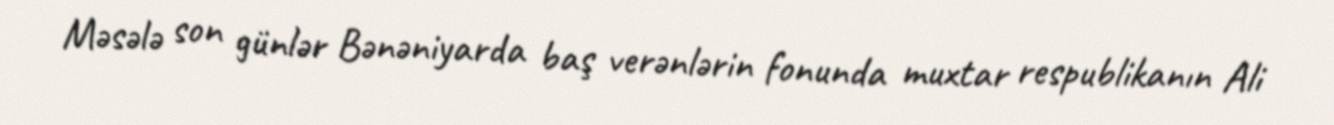
Məsələ son günlər Bənəniyarda baş verənlərin fonunda muxtar respublikanın Ali